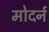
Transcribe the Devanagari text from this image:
मोदर्न